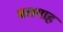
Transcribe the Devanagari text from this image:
बलगाह